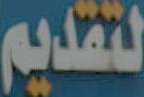
لتقديم